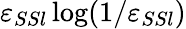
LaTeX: \varepsilon_{SSl}\log(1/\varepsilon_{SSl})